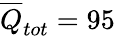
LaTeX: \overline{{Q}}_{tot}=95